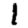
Digit: 1